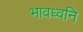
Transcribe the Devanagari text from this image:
भावध्वनि